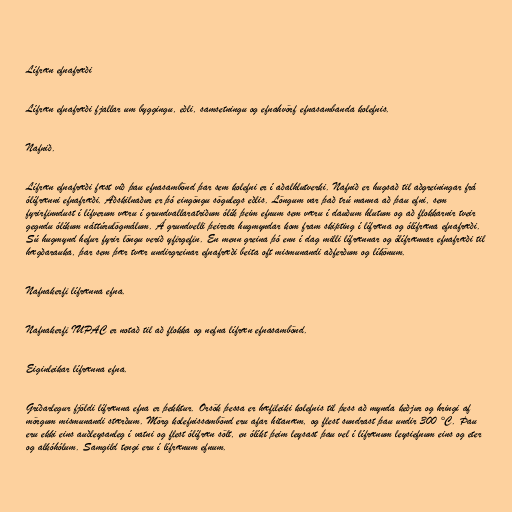
Lífræn efnafræði

Lífræn efnafræði fjallar um byggingu, eðli, samsetningu og efnahvörf efnasambanda kolefnis.

Nafnið.

Lífræn efnafræði fæst við þau efnasambönd þar sem kolefni er í aðalhlutverki. Nafnið er hugsað til aðgreiningar frá
ólífrænni efnafræði. Aðskilnaður er þó eingöngu sögulegs eðlis. Löngum var það trú manna að þau efni, sem
fyrirfinndust í lífverum væru í grundvallaratriðum ólík þeim efnum sem væru í dauðum hlutum og að flokkarnir tveir
gegndu ólíkum náttúrulögmálum. Á grundvelli þeirrar hugmyndar kom fram skipting í lífræna og ólífræna efnafræði.
Sú hugmynd hefur fyrir löngu verið yfirgefin. En menn greina þó enn í dag milli lífrænnar og ólífrænnar efnafræði til
hægðarauka, þar sem þær tvær undirgreinar efnafræði beita oft mismunandi aðferðum og líkönum.

Nafnakerfi lífrænna efna.

Nafnakerfi IUPAC er notað til að flokka og nefna lífræn efnasambönd.

Eiginleikar lífrænna efna.

Gríðarlegur fjöldi lífrænna efna er þekktur. Orsök þessa er hæfileiki kolefnis til þess að mynda keðjur og hringi af
mörgum mismunandi stærðum. Mörg kolefnissambönd eru afar hitanæm, og flest sundrast þau undir 300 °C. Þau
eru ekki eins auðleysanleg í vatni og flest ólífræn sölt, en ólíkt þeim leysast þau vel í lífrænum leysiefnum eins og eter
og alkóhólum. Samgild tengi eru í lífrænum efnum.